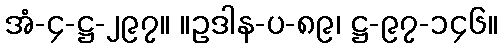
အံ-၄-ဋ္ဌ-၂၉၇။ ။ဥဒါန-ပ-၈၉၊ ဋ္ဌ-၉၇-၁၄၆။